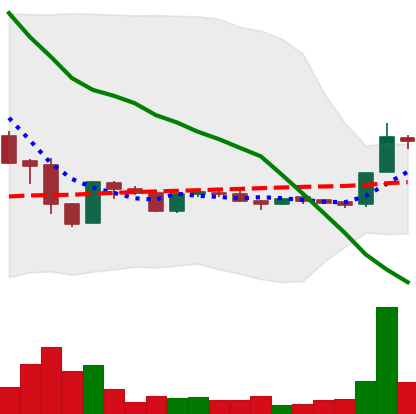
Ticker: LTC-USD
Chart end date: 2015-11-27
Forward return: -6.605%
Label: down_5_7